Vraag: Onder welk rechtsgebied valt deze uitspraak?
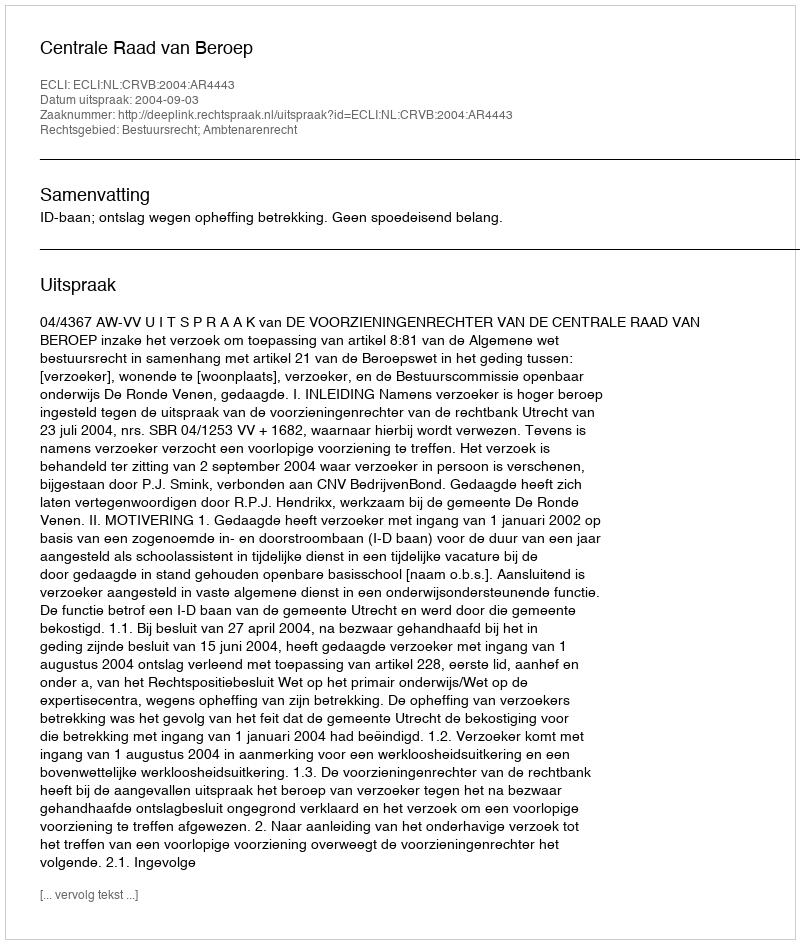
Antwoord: Bestuursrecht; Ambtenarenrecht